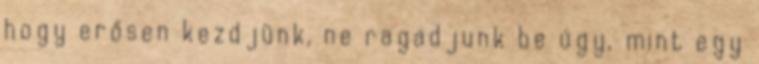
hogy erősen kezdjünk, ne ragadjunk be úgy, mint egy